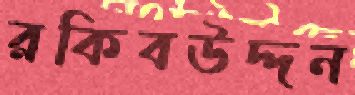
রকিবউদ্দন